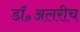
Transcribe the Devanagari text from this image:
डॉ॰अलरीच